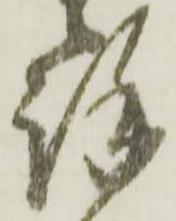
謹